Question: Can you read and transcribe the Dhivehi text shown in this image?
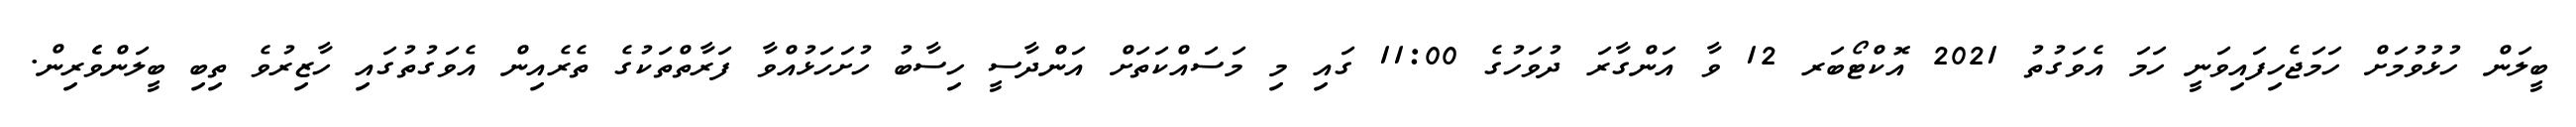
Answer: ބީލަން ހުޅުވުމަށް ހަމަޖެހިފައިވަނީ ހަމަ އެވަގުތު 2021 އޮކްޓޯބަރ 12 ވާ އަންގާރަ ދުވަހުގެ 11:00 ގައި މި މަސައްކަތަށް އަންދާސީ ހިސާބު ހުށަހަޅުއްވާ ފަރާތްތަކުގެ ތެރެއިން އެވަގުތުގައި ހާޒިރުވެ ތިބި ބީލަންވެެރިން.